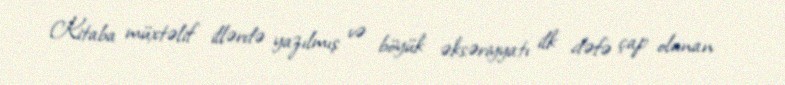
Kitaba müxtəlif illərdə yazılmış və böyük əksəriyyatı ilk dəfə çap olunan